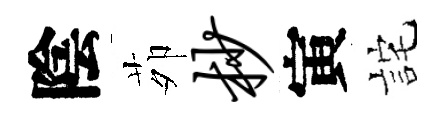
陰茆杪寅詫